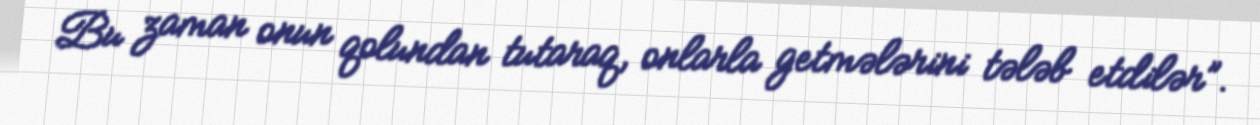
Bu zaman onun qolundan tutaraq, onlarla getmələrini tələb etdilər”.